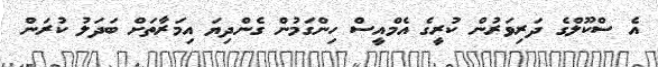
އެ ސްކޫލްގެ ދަރިވަރުން ކުރީގެ އެމްއީސް ހިންގަމުން ގެންދިޔަ އިމަރާތަށް ބަދަލު ކުރަން